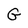
Character: G